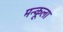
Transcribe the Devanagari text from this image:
मन्कूला